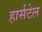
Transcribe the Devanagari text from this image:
हार्सटेल